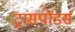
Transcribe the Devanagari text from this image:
ट्रांसपोंडर्स